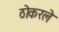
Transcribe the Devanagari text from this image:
ठोकरले